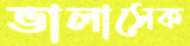
ভালাসেক